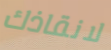
لانقاذك